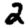
Digit: 2